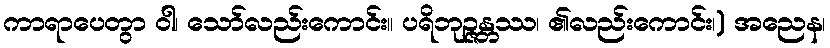
ကာရာပေတွာ ဝါ၊ သော်လည်းကောင်း။ ပရိဘုဉ္ဇန္တဿ၊ ၏လည်းကောင်း၊) အညေန၊